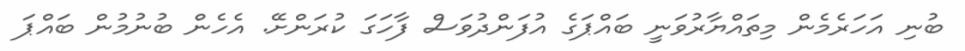
ބުނި އަހަރެމެން މިތައްޔާރުވަނީ ބައްޕަގެ އުފަންދުވަސް ފާހަގަ ކުރަންށޭ. އެހެން ބުނުމުން ބައްޕަ